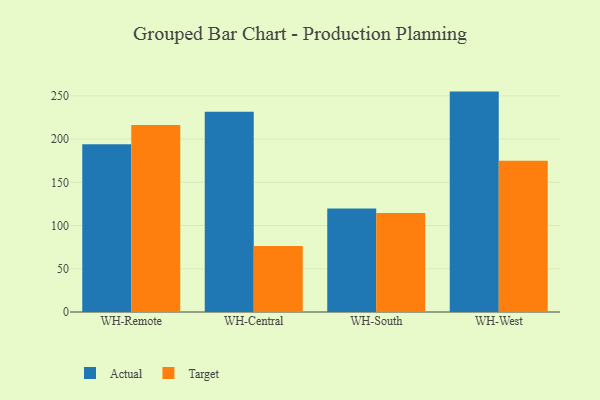
{"axis": {"x": "Warehouse", "y": "Tickets Resolved"}, "legend": ["Actual", "Target"], "data": [{"x": "WH-Remote", "y": 194.0, "type": "Actual"}, {"x": "WH-Remote", "y": 216.3, "type": "Target"}, {"x": "WH-Central", "y": 231.6, "type": "Actual"}, {"x": "WH-Central", "y": 76.4, "type": "Target"}, {"x": "WH-South", "y": 119.7, "type": "Actual"}, {"x": "WH-South", "y": 114.6, "type": "Target"}, {"x": "WH-West", "y": 254.9, "type": "Actual"}, {"x": "WH-West", "y": 174.8, "type": "Target"}]}